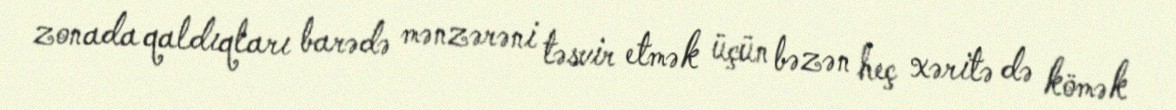
zonada qaldıqları barədə mənzərəni təsvir etmək üçün bəzən heç xəritə də kömək